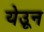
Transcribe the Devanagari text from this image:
येउून